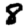
Digit: 8